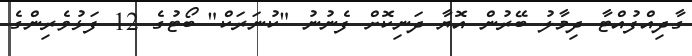
ގާދިއްފުއްޓާ ދިމާލު ބޭރުން އޮޔާ ދަނިކޮށް ފެނުނު "ކުނަރަކް" ބޯޓުގެ 12 ފަޅުވެރިންގެ